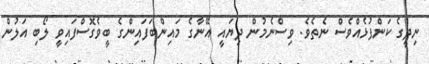
ނިދީގެ ކަންފުޅެއްވެސް ނެތެވެ. ވިސްނެމުން ދިޔައީ އޭނާގެ މައިންބަފައިންގެ ބީވެގޮސްފައިވީ ލޯބި އަލުން